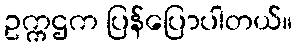
ဥက္ကဌက ပြန်ပြောပါတယ်။